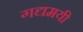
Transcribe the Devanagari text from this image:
गद्यमयी